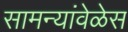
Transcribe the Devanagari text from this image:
सामन्यांवेळेस